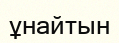
ұнайтын